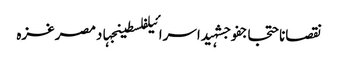
نقصاناحتجاجفوجشہیداسرائیلفلسطینجہادمصرغزہ